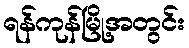
ရန်ကုန်မြို့အတွင်း